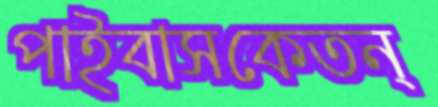
পাইবাসকেতন্